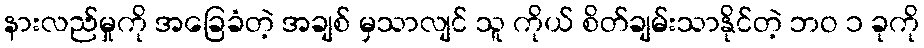
နားလည်မှုကို အခြေခံတဲ့ အချစ် မှသာလျင် သူ ကိုယ် စိတ်ချမ်းသာနိုင်တဲ့ ဘဝ ၁ ခုကို